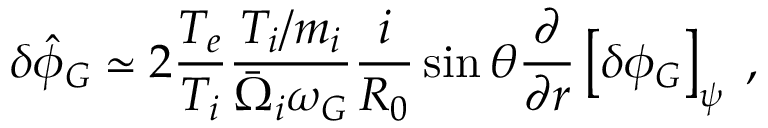
\delta \hat { \phi } _ { G } \simeq 2 \frac { T _ { e } } { T _ { i } } \frac { T _ { i } / m _ { i } } { \bar { \Omega } _ { i } \omega _ { G } } \frac { i } { R _ { 0 } } \sin \theta \frac { \partial } { \partial r } \left[ \delta \phi _ { G } \right] _ { \psi } \; ,